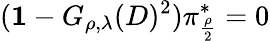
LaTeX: ({\mathbf 1}-G_{\rho,\lambda}(D)^{2})\pi_{\frac{\rho}{2}}^{*}=0